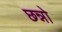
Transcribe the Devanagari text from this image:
छन्नो